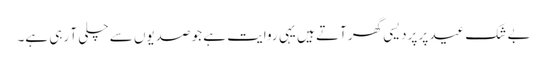
بے شک عید پر پردیسی گھر آتے ہیں یہی روایت ہے جو صدیوں سے چلی آ رہی ہے۔